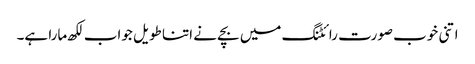
اتنی خوب صورت رائٹنگ میں بچے نے اتنا طویل جواب لکھ مارا ہے۔